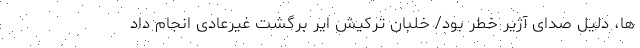
ها، دلیل صدای آژیر خطر بود/ خلبان ترکیش ایر برگشت غیرعادی انجام داد